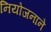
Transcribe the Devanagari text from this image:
नियोजनाने